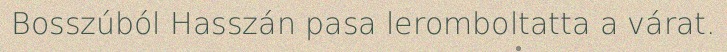
Bosszúból Hasszán pasa leromboltatta a várat.